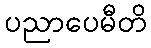
ပညာပေမီတိ